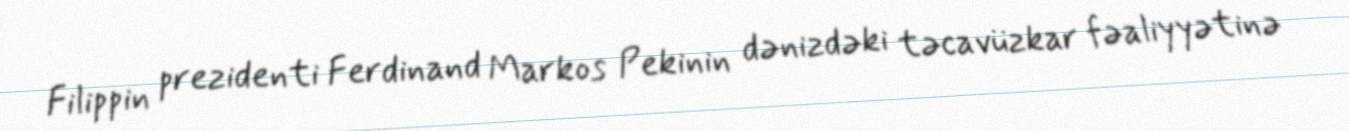
Filippin prezidenti Ferdinand Markos Pekinin dənizdəki təcavüzkar fəaliyyətinə